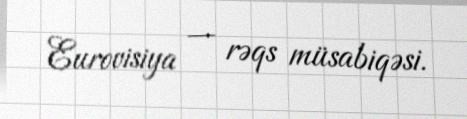
Eurovisiya — rəqs müsabiqəsi.